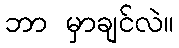
ဘာ မှာချင်လဲ။